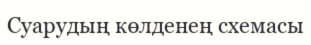
Суарудың көлденең схемасы